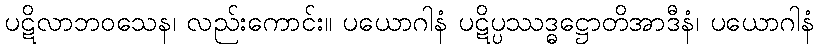
ပဋိလာဘဝသေန၊ လည်းကောင်း။ ပယောဂါနံ ပဋိပ္ပဿဒ္ဓဋ္ဌောတိအာဒီနံ၊ ပယောဂါနံ